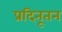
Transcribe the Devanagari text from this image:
प्रदिनूतन